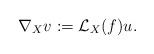
LaTeX: \begin{gather*} \nabla_X v := \mathcal{L}_X(f) u. \end{gather*}